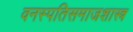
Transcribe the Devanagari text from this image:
वनस्पतिसमाजशास्त्र